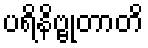
ပရိနိဗ္ဗုတာတိ